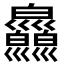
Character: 𤿄